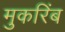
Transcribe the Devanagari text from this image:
मुकरिंब